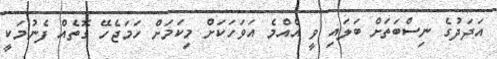
އަދަދުގެ ނިސްބަތަށް ބަލައި ވީ އެއްމެ އަވަހަކަށް މިކަމަށް ހަމަޖެހޭ ގޮތެއް ފެނުމަކީ